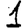
Digit: 1